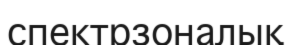
спектрзоналық